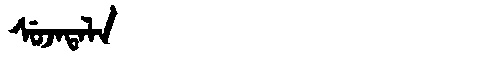
Manchu: ᠰᡠᠵᠠᡨᠠᠯᠠ
Romanization: SUJATALA